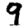
Digit: 9